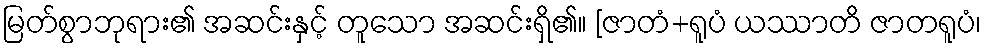
မြတ်စွာဘုရား၏ အဆင်းနှင့် တူသော အဆင်းရှိ၏။ [ဇာတံ+ရူပံ ယဿာတိ ဇာတရူပံ၊